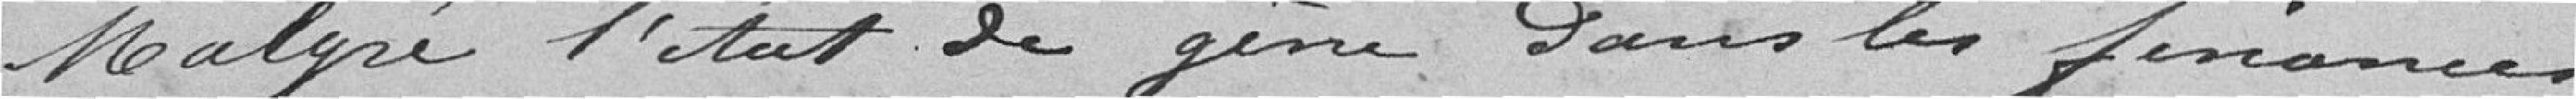
Malgré l'état de gêne dans les finances